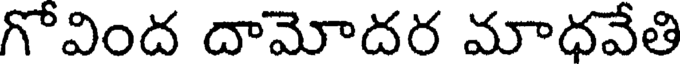
గోవింద దామోదర మాధవేతి